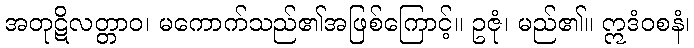
အတုဋိလတ္တာဝ၊ မကောက်သည်၏အဖြစ်ကြောင့်။ ဥဇုံ၊ မည်၏။ ဣဒံဝစနံ၊